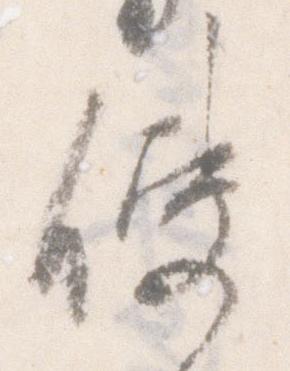
使